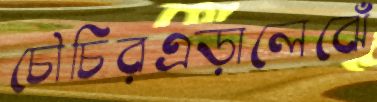
চৌচিরএড়ালেঝেঁ